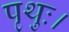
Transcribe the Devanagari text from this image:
पृथुः।